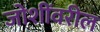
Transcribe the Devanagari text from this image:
जोशींवरील